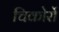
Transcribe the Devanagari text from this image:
चिकोर्रो